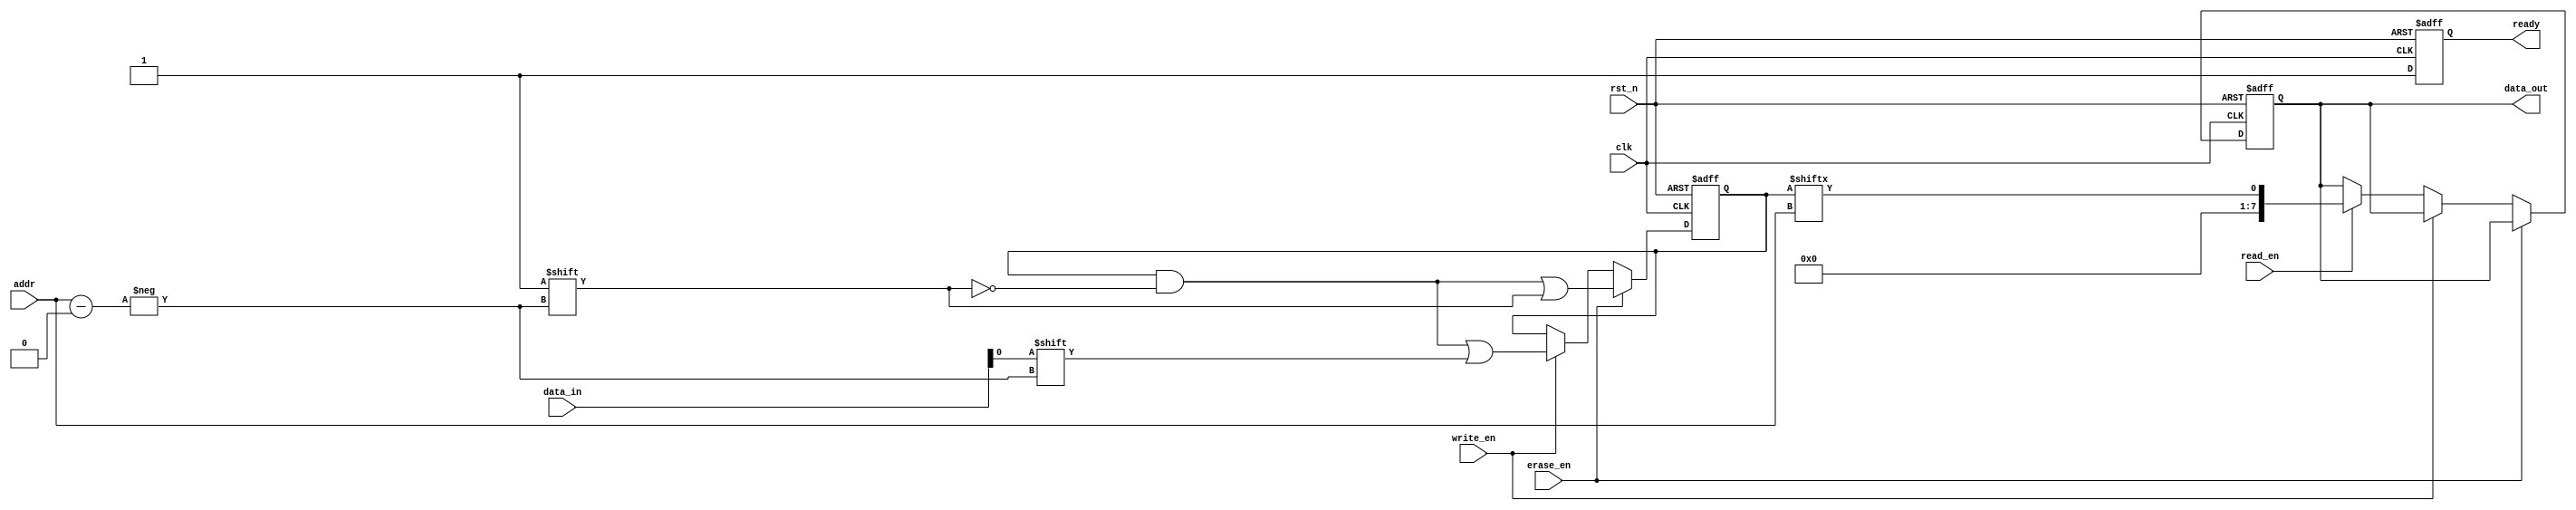
module SLC_EEPROM (
    input wire clk,            // Clock signal
    input wire rst_n,         // Active low reset
    input wire [7:0] addr,    // Address input (8 bits for 256 cells)
    input wire [7:0] data_in,  // Data input (8 bits)
    input wire read_en,       // Read enable signal
    input wire write_en,      // Write enable signal
    input wire erase_en,      // Erase enable signal
    output reg [7:0] data_out, // Data output (8 bits)
    output reg ready          // Ready signal
);

    // Memory array (256 cells, 1 bit each)
    reg [255:0] memory_array;

    // Control logic
    always @(posedge clk or negedge rst_n) begin
        if (!rst_n) begin
            memory_array <= 256'b11111111111111111111111111111111; // Default state (all cells erased)
            data_out <= 8'b0;
            ready <= 1'b1;
        end else begin
            ready <= 1'b0; // Indicate operation in progress

            if (erase_en) begin
                // Erase operation: reset the selected memory cell to 1
                memory_array[addr] <= 1'b1; // Erase cell
            end else if (write_en) begin
                // Write operation: program the selected memory cell
                memory_array[addr] <= data_in[0]; // Write the least significant bit
            end else if (read_en) begin
                // Read operation: output the state of the selected memory cell
                data_out <= {7'b0, memory_array[addr]}; // Read the bit and zero-fill
            end

            ready <= 1'b1; // Indicate operation complete
        end
    end

endmodule